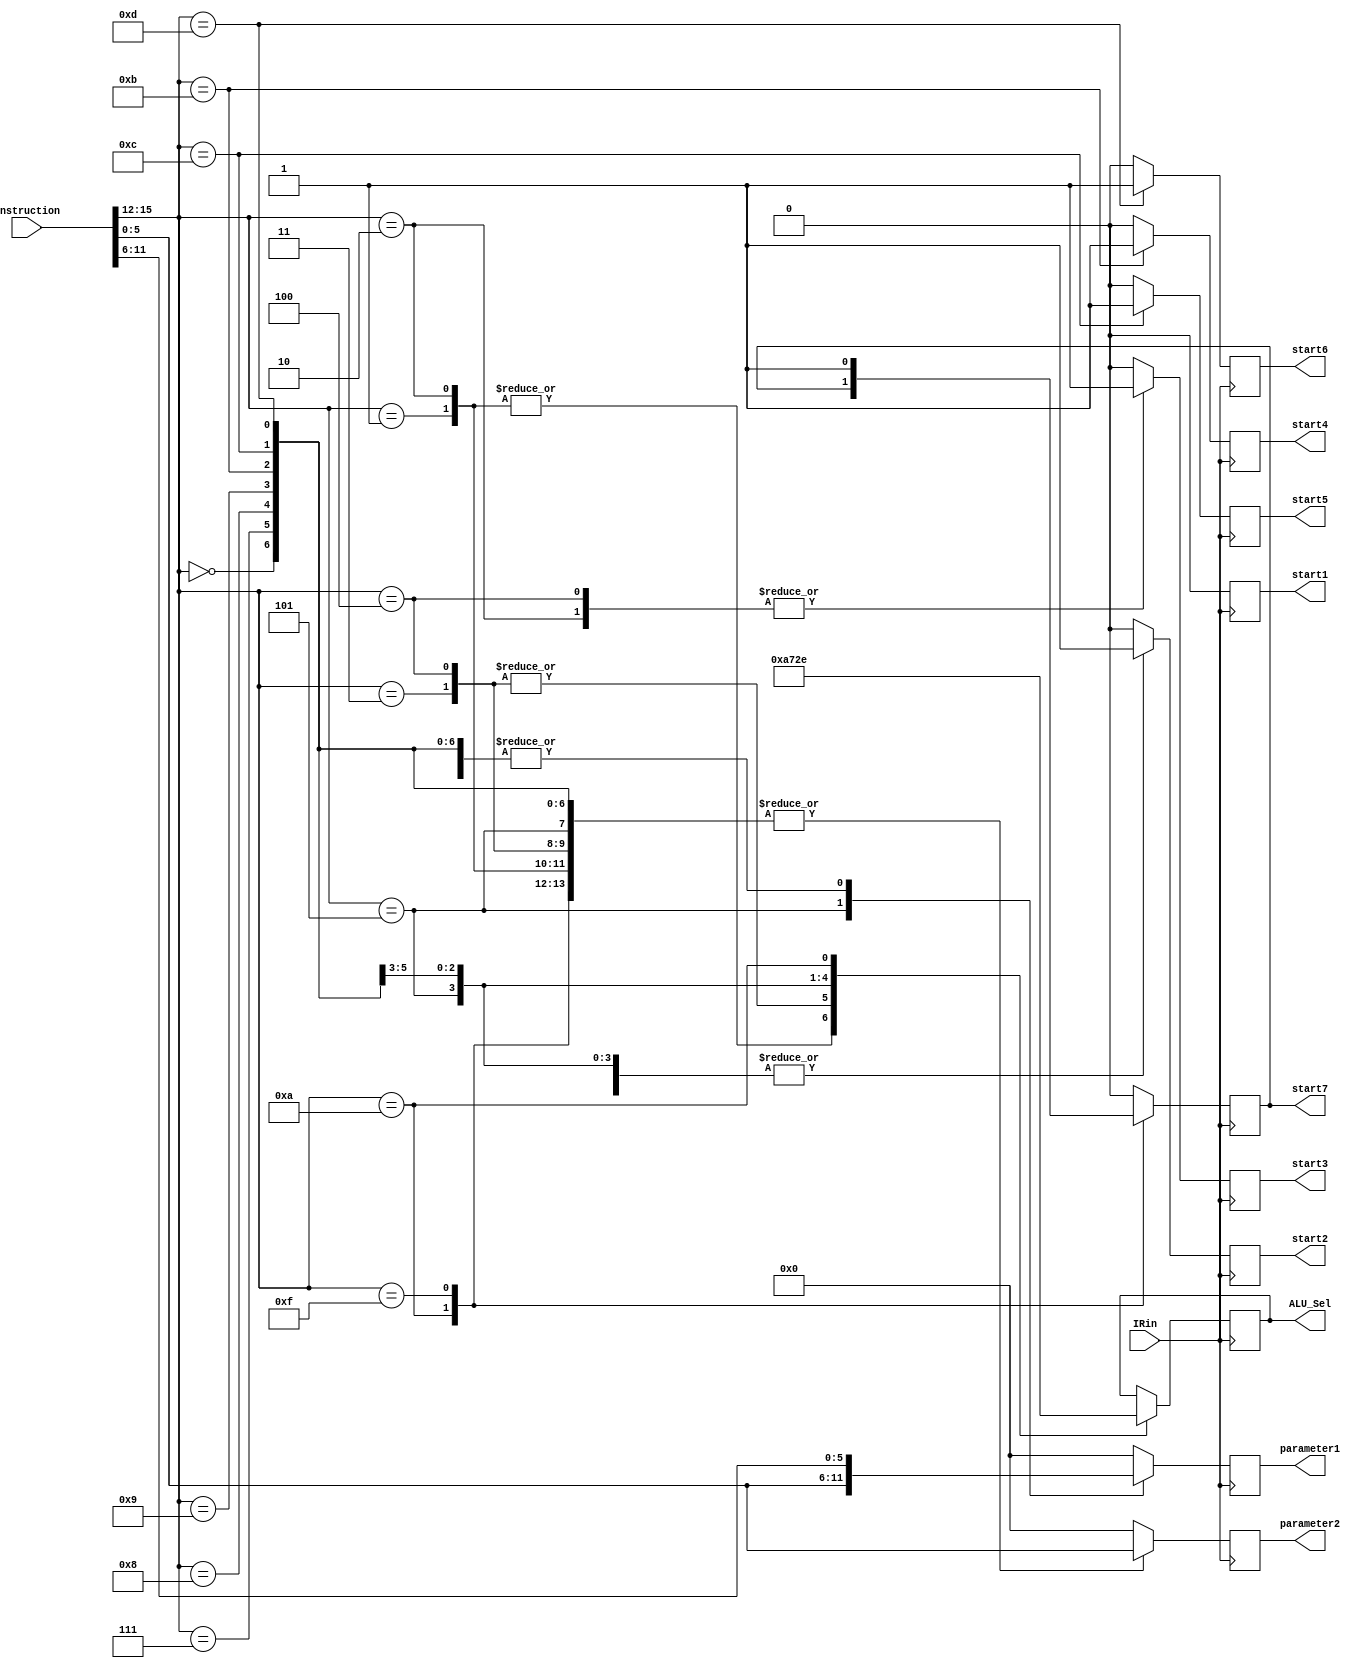
module decoder(IRin,start1,start2,start3,start4,start5,start6,start7,instruction,parameter1,parameter2,ALU_Sel);
  input IRin;
  input [15:0] instruction;
  output start1,start2,start3,start4,start5,start6,start7;
  reg start1,start2,start3,start4,start5,start6,start7;
  output [5:0] parameter1,parameter2;
  reg [5:0] parameter1,parameter2;
  output [2:0] ALU_Sel;
  reg [2:0] ALU_Sel;
  
  
always @(negedge (IRin)) begin
 case(instruction[15:12])
   4'b0000: 
    begin
      parameter1<=instruction[11:6];
      parameter2<=instruction[5:0];
      start1<=0; 
      start2<=0;
      start3<=0;
      start4<=0;
      start5<=0;
      start6<=0;
      start7<=0;
    end
    4'b0001: //add ri rj
    begin
      parameter1<=instruction[11:6];
      parameter2<=instruction[5:0];
      start1<=0; 
      start2<=1;//ALU operation fsm activated
      start3<=0;
      start4<=0;
      start5<=0;
      start6<=0;
      start7<=0;
      ALU_Sel<=3'b000;//addition
    end
    4'b0010: //addi ri #
    begin
      parameter1<=instruction[11:6];
      parameter2<=instruction[5:0];
      start1<=0; 
      start2<=0;
      start3<=1;//ALU inmediate operation fsm activated
      start4<=0;
      start5<=0;
      start6<=0;
      start7<=0;
      ALU_Sel<=3'b000;//addition
    end
    4'b0011: //sub ri rj
    begin
      parameter1<=instruction[11:6];
      parameter2<=instruction[5:0];
      start1<=0; 
      start2<=1;//ALU operation fsm activated
      start3<=0;
      start4<=0;
      start5<=0;
      start6<=0;
      start7<=0;
      ALU_Sel<=3'b001;//subtraction
    end
    4'b0100: //subi ri #
    begin
      parameter1<=instruction[11:6];
      parameter2<=instruction[5:0];
      ALU_Sel<=3'b001;//subtraction
      start1<=0; 
      start2<=0;
      start3<=1;//ALU inmediate operation fsm activated
      start4<=0;
      start5<=0;
      start6<=0;
      start7<=0;
    end
    4'b0101: //not ri
    begin
      parameter1<=instruction[5:0];
      parameter2<=instruction[5:0];
      start1<=0; 
      start2<=1;//ALU operation fsm activated
      start3<=0;
      start4<=0;
      start5<=0;
      start6<=0;
      start7<=0;
      ALU_Sel<=3'b010;//not
    end
    4'b0111: //and ri rj
    begin
      parameter1<=instruction[11:6];
      parameter2<=instruction[5:0];
      start1<=0; 
      start2<=1;//ALU operation fsm activated
      start3<=0;
      start4<=0;
      start5<=0;
      start6<=0;
      start7<=0;
      ALU_Sel<=3'b011; //Logical and
    end
    4'b1000: //or ri rj
    begin
      parameter1<=instruction[11:6];
      parameter2<=instruction[5:0];
      start1<=0; 
      start2<=1;//ALU operation fsm activated
      start3<=0;
      start4<=0;
      start5<=0;
      start6<=0;
      start7<=0;
      ALU_Sel<=3'b100; //logical or
    end
    4'b1001: //xor ri rj
    begin
      parameter1<=instruction[11:6];
      parameter2<=instruction[5:0];
      start1<=0; 
      start2<=1;//ALU operation fsm activated
      start3<=0;
      start4<=0;
      start5<=0;
      start6<=0;
      start7<=0;
      ALU_Sel<=3'b101; //logical xor
    end
    4'b1010: //xnor ri
    begin
      parameter1<=instruction[11:6];
      parameter2<=instruction[5:0];
      start1<=0; 
      start2<=1;//ALU operation fsm activated
      start3<=0;
      start4<=0;
      start5<=0;
      start6<=0;
      ALU_Sel<=3'b110; //logical xnor
    end
    4'b1011: //movi ri #
    begin
      parameter1<=instruction[11:6];
      parameter2<=instruction[5:0];
      start1<=0; 
      start2<=0;
      start3<=0;
      start4<=1;//movi fsm activated
      start5<=0;
      start6<=0;
      start7<=0;
    end
    4'b1100: //load ri rj
    begin
      parameter1<=instruction[11:6];
      parameter2<=instruction[5:0];
      start1<=0; 
      start2<=0;
      start3<=0;
      start4<=0;
      start5<=1;//load fsm activated
      start6<=0;
      start7<=0;
    end
    4'b1101: //store ri rj
    begin
      parameter1<=instruction[11:6];
      parameter2<=instruction[5:0];
      start1<=0; 
      start2<=0;
      start3<=0;
      start4<=0;
      start5<=0;
      start6<=1;//store fsm activated
      start7<=0;
    end
    4'b1111: //mov ri rj
    begin
      parameter1<=instruction[11:6];
      parameter2<=instruction[5:0];
      start1<=0; 
      start2<=0;
      start3<=0;
      start4<=0;
      start5<=0;
      start6<=0;
      start7<=1; //mov fsm actiated
    end
    default:
    begin
      parameter1<=0;
      parameter2<=0;
      start1<=0; 
      start2<=0;
      start3<=0;
      start4<=0;
      start5<=0;
      start6<=0;
      start7<=0;
    end
  endcase
end
endmodule